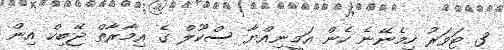
3 ޓަވަރު ހިމެނޭނެ ހެން އަމީނިއްޔާ ސްކޫލް ގެ އިމާރާތް ޖޭބިކް އިން